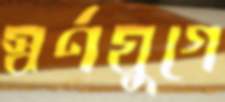
স্বর্ণযুগে